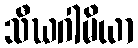
သီဃဂါမိယာ